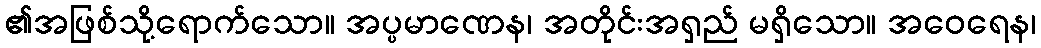
၏အဖြစ်သို့ရောက်သော။ အပ္ပမာဏေန၊ အတိုင်းအရှည် မရှိသော။ အဝေရေန၊